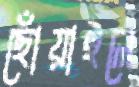
ছোঁয়াইলে